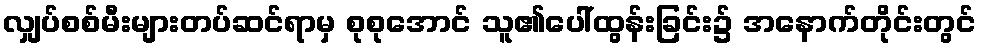
လျှပ်စစ်မီးများတပ်ဆင်ရာမှ စုစုအောင် သူ၏ပေါ်ထွန်းခြင်း၌ အနောက်တိုင်းတွင်